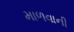
માળવાની